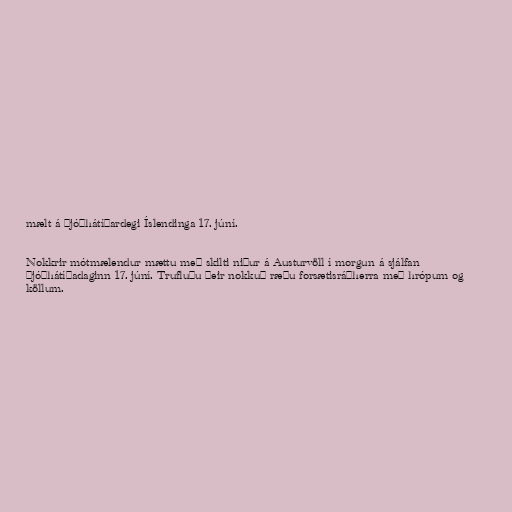
mælt á þjóðhátíðardegi Íslendinga 17. júní.

Nokkr­ir mót­mæl­end­ur mættu með skilti niður á Aust­ur­völl í morg­un á sjálfan
þjóðhátíðadaginn 17. júní. Trufluðu þeir nokkuð ræðu for­sæt­is­ráðherra með hróp­um og
köll­um.